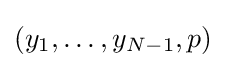
(y_{1},\ldots ,y_{N-1},p)